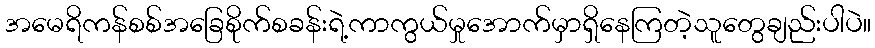
အမေရိကန်စစ်အခြေစိုက်စခန်းရဲ့ကာကွယ်မှုအောက်မှာရှိနေကြတဲ့သူတွေချည်းပါပဲ။